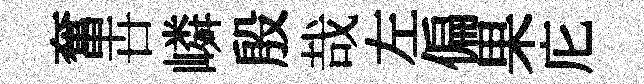
奮卋嶙殷哉左偏果庀